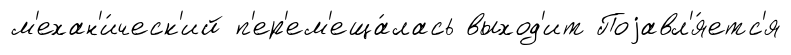
м'ехан'и́ческ'ий п'ер'ем'еща́лась выход'ит Поjавл'я́етс'я